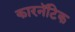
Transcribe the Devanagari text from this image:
कारनॅटिक